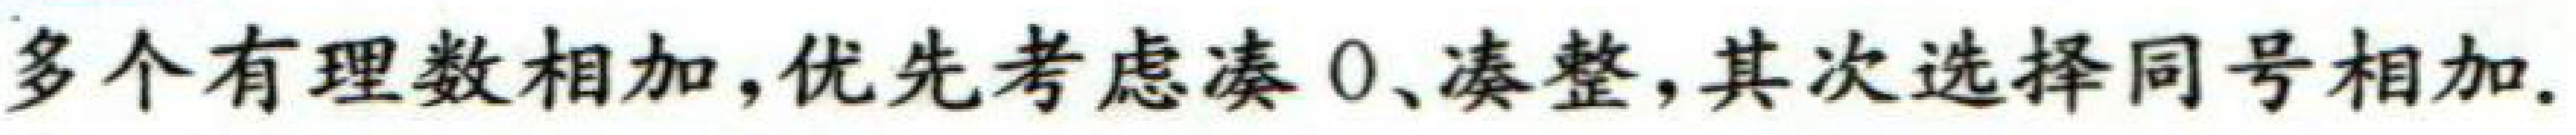
多个有理数相加,优先考虑凑\(0\)、凑整,其次选择同号相加.